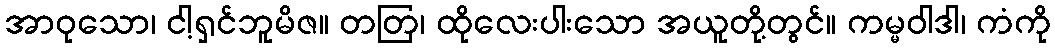
အာဝုသော၊ ငါ့ရှင်ဘူမိဇ။ တတြ၊ ထိုလေးပါးသော အယူတို့တွင်။ ကမ္မဝါဒါ၊ ကံကို